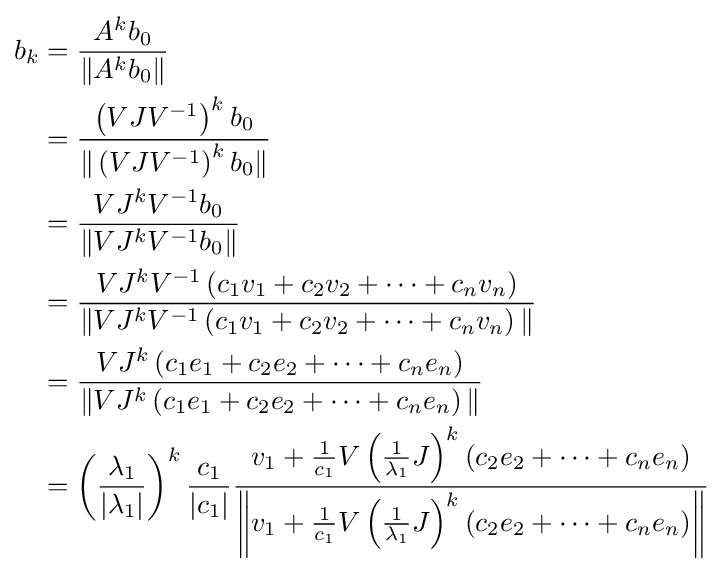
{\begin{aligned}b_{k}&={\frac {A^{k}b_{0}}{\|A^{k}b_{0}\|}}\\&={\frac {\left(VJV^{-1}\right)^{k}b_{0}}{\|\left(VJV^{-1}\right)^{k}b_{0}\|}}\\&={\frac {VJ^{k}V^{-1}b_{0}}{\|VJ^{k}V^{-1}b_{0}\|}}\\&={\frac {VJ^{k}V^{-1}\left(c_{1}v_{1}+c_{2}v_{2}+\cdots +c_{n}v_{n}\right)}{\|VJ^{k}V^{-1}\left(c_{1}v_{1}+c_{2}v_{2}+\cdots +c_{n}v_{n}\right)\|}}\\&={\frac {VJ^{k}\left(c_{1}e_{1}+c_{2}e_{2}+\cdots +c_{n}e_{n}\right)}{\|VJ^{k}\left(c_{1}e_{1}+c_{2}e_{2}+\cdots +c_{n}e_{n}\right)\|}}\\&=\left({\frac {\lambda _{1}}{|\lambda _{1}|}}\right)^{k}{\frac {c_{1}}{|c_{1}|}}{\frac {v_{1}+{\frac {1}{c_{1}}}V\left({\frac {1}{\lambda _{1}}}J\right)^{k}\left(c_{2}e_{2}+\cdots +c_{n}e_{n}\right)}{\left\|v_{1}+{\frac {1}{c_{1}}}V\left({\frac {1}{\lambda _{1}}}J\right)^{k}\left(c_{2}e_{2}+\cdots +c_{n}e_{n}\right)\right\|}}\end{aligned}}